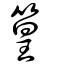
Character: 篁